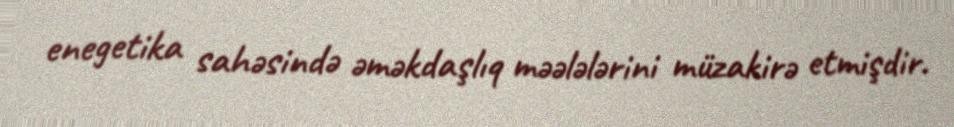
enegetika sahəsində əməkdaşlıq məələlərini müzakirə etmişdir.